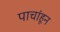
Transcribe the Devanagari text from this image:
पाचांहून